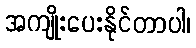
အကျိုးပေးနိုင်တာပါ၊